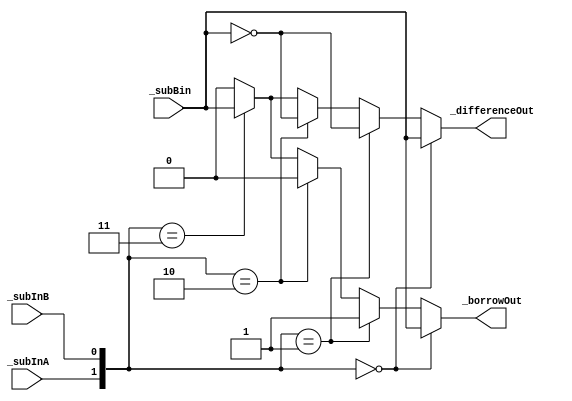
`timescale 1ns / 1ps
//////////////////////////////////////////////////////////////////////////////////
// Company: 
// 
// Design Name: 
// Module Name: Substractor_1Bit
// Project Name: 
// Target Devices: 
// Tool Versions: 
// Description: 
// 
// Dependencies: 
// 
// Revision:
// Revision 0.01 - File Created
// Additional Comments:
// 
//////////////////////////////////////////////////////////////////////////////////


module Substractor_1Bit(
//define inputs
input _subInA, _subInB, _subBin,
//define ouputs
output _differenceOut, _borrowOut
    );
    
    
reg _diffReg, _borrowReg;

assign _differenceOut = ({_subInA,_subInB} == 2'b00) ? _subBin:
                        ({_subInA,_subInB} == 2'b01) ? (~_subBin):
                        ({_subInA,_subInB} == 2'b10) ? (~_subBin): 
                        ({_subInA,_subInB} == 2'b11) ?  _subBin: 2'b00;



assign _borrowOut = ({_subInA,_subInB} == 2'b00) ? _subBin:
                    ({_subInA,_subInB} == 2'b01) ? 1'b1:
                    ({_subInA,_subInB} == 2'b10) ? 1'b0:
                    ({_subInA,_subInB} == 2'b11) ? _subBin: 2'b00;    
                    
endmodule